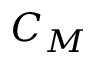
C _ { M }